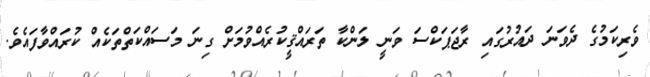
ވެރިކަމުގެ ދެވަނަ ދައުރުގައި ރާޖަޕަކްސަ ވަނީ ލަންކާ ތަރައްޤީކުރެއްވުމަށް ގިނަ މަސައްކަތްތަކެއް ކުރައްވާފައެވެ.